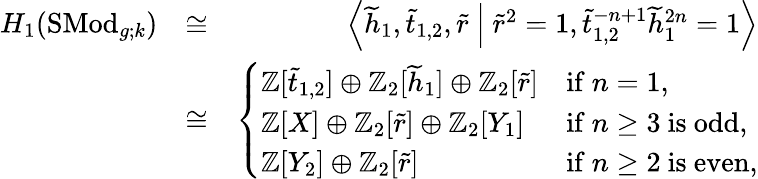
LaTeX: \begin{array}{rlr}{H_{1}(\mathrm{SMod}_{g;k})}&{\cong}&{\left<\widetilde{h}_{1},\widetilde{t}_{1,2},\widetilde{r}\ \middle|\ \widetilde{r}^{2}=1,\widetilde{t}_{1,2}^{-n+1}\widetilde{h}_{1}^{2n}=1\right>}\\ &{\cong}&{\left\{ \begin{array}{ll}{\mathbb{Z}[\widetilde{t}_{1,2}]\oplus\mathbb{Z}_{2}[\widetilde{h}_{1}]\oplus\mathbb{Z}_{2}[\widetilde{r}]}&{\mathrm{if~}n=1,}\\ {\mathbb{Z}[X]\oplus\mathbb{Z}_{2}[\widetilde{r}]\oplus\mathbb{Z}_{2}[Y_{1}]}&{\mathrm{if~}n\geq 3\mathrm{~is~odd},}\\ {\mathbb{Z}[Y_{2}]\oplus\mathbb{Z}_{2}[\widetilde{r}]}&{\mathrm{if~}n\geq 2\mathrm{~is~even},}\end{array}\right.}\end{array}